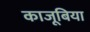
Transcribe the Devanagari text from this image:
काजूबिया